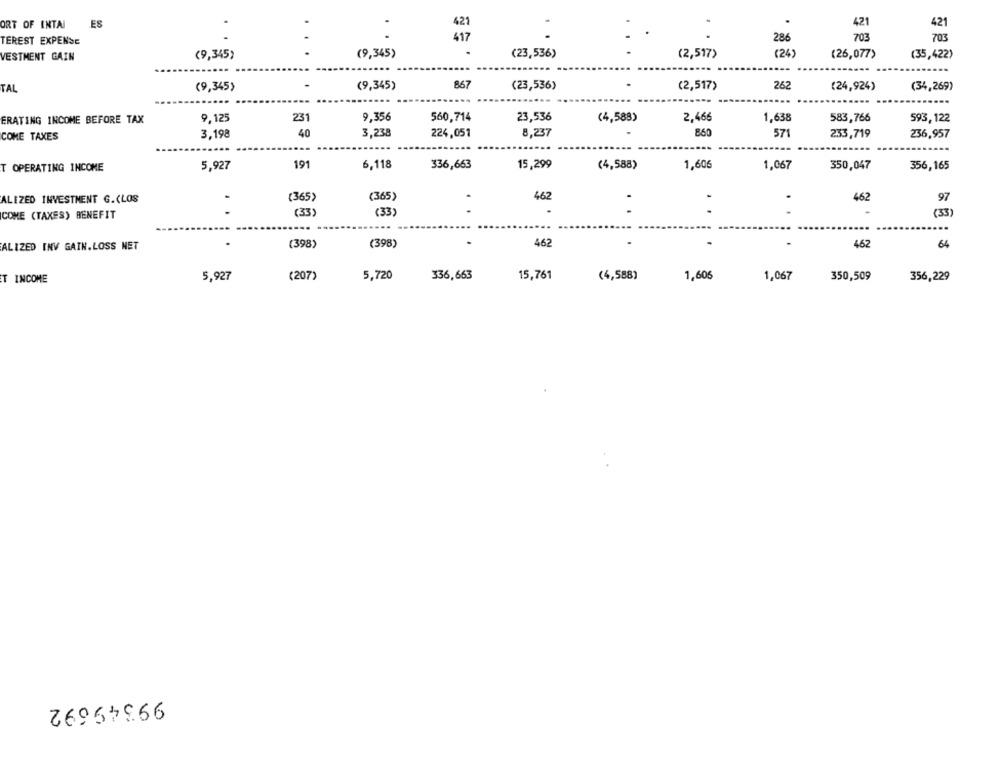
ORT OF INTAI
ES
421
421
421
. .
417
286
703
703
TEREST EXPENSE
...
(9,345)
(2,517)
(24
(26,077)
(35,422)
VESTMENT GAIN
(9,345)
(23,536)
867
TAL
(9,345)
(9,345)
(23,536)
(2,517)
262
(24,924)
(34,269)
ERATING INCOME BEFORE TAX
9,125
231
9,356
560,714
23,536
(4,588)
2,466
1,638
583,766
593,122
COME TAXES
3,198
40
3,238
224,051
8,237
860
571
233,719
236,957
T OPERATING INCOME
5,927
191
6,118
336,663
15,299
(4,588)
1,606
1,067
350,047
356,165
ALIZED INVESTMENT G.(LOS
(365)
(365)
462
462
97
COME (TAXES) BENEFIT
..
(33
(33)
(33 )
...
ALIZED INV GAIN.LOSS NET
(398)
(398)
462
462
64
(207)
336,663
15,761
(4,588)
1,606
1,067
350,509
T INCOME
5,927
5,720
356,229
99349692